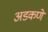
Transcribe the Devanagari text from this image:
अडकणे